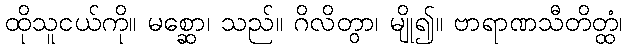
ထိုသူငယ်ကို။ မစ္ဆော၊ သည်။ ဂိလိတွာ၊ မျို၍။ ဗာရာဏသီတိတ္ထံ၊